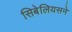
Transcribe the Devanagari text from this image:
सिबेलियसने